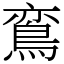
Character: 鵉